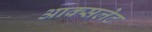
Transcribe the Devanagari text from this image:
आक्सलेट